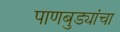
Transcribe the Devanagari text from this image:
पाणबुड्यांचा